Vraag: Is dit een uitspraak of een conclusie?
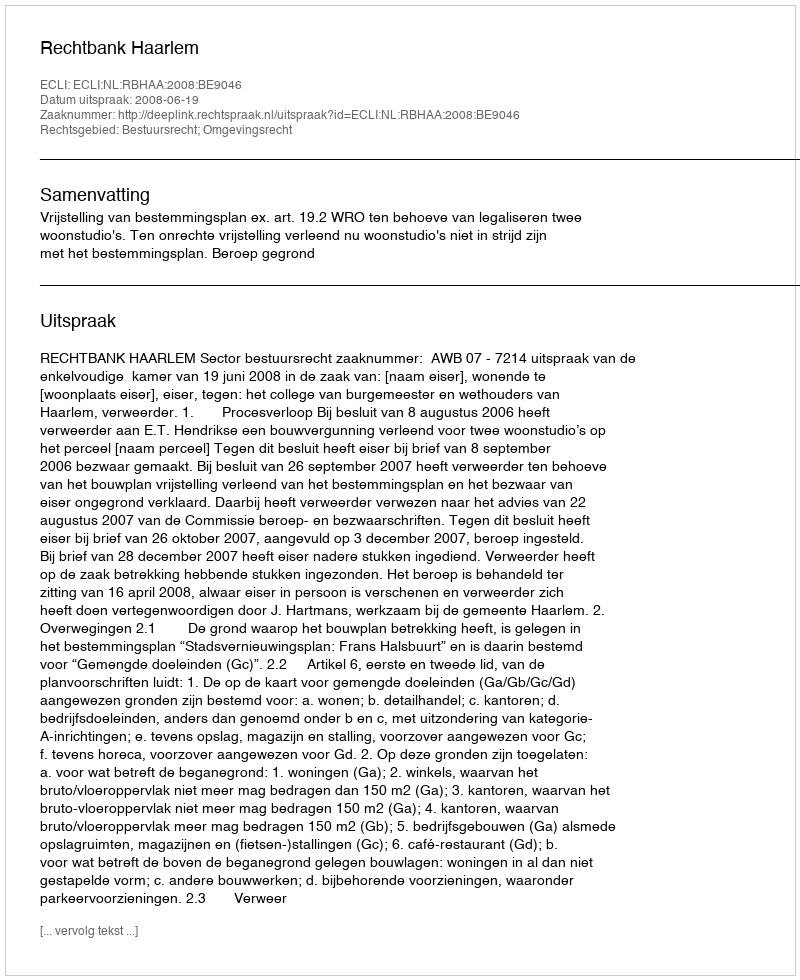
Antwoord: Uitspraak